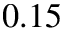
0 . 1 5